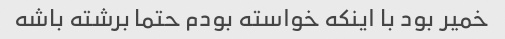
خمیر بود با اینکه خواسته بودم حتما برشته باشه